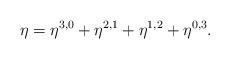
\begin{align*}\eta = \eta^{3,0} + \eta^{2,1} + \eta^{1,2} + \eta^{0,3}.\end{align*}